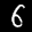
Label: 6